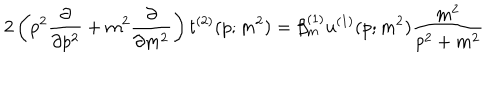
LaTeX: 2 \left( p ^ { 2 } \frac { \partial } { \partial p ^ { 2 } } + m ^ { 2 } \frac { \partial } { \partial m ^ { 2 } } \right) t ^ { ( 2 ) } ( p ; m ^ { 2 } ) = \beta _ { m } ^ { ( 1 ) } u ^ { ( 1 ) } ( p ; m ^ { 2 } ) \frac { m ^ { 2 } } { p ^ { 2 } + m ^ { 2 } }